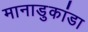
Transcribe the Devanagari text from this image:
मानाडुकांडा